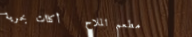
مطعم الملاح   أكلات بحرية